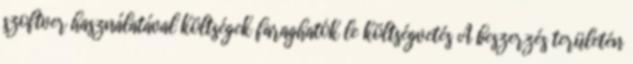
szoftver használatával költségek faraghatók le költségvetés A beszerzés területén